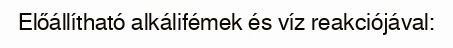
Előállítható alkálifémek és víz reakciójával: